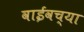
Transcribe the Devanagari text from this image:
वाईवच्या